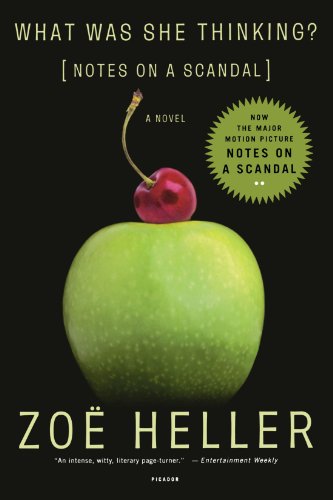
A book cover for What Was She Thinking?: Notes on a Scandal: A Novel; ZoÃ« Heller; Literature & Fiction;